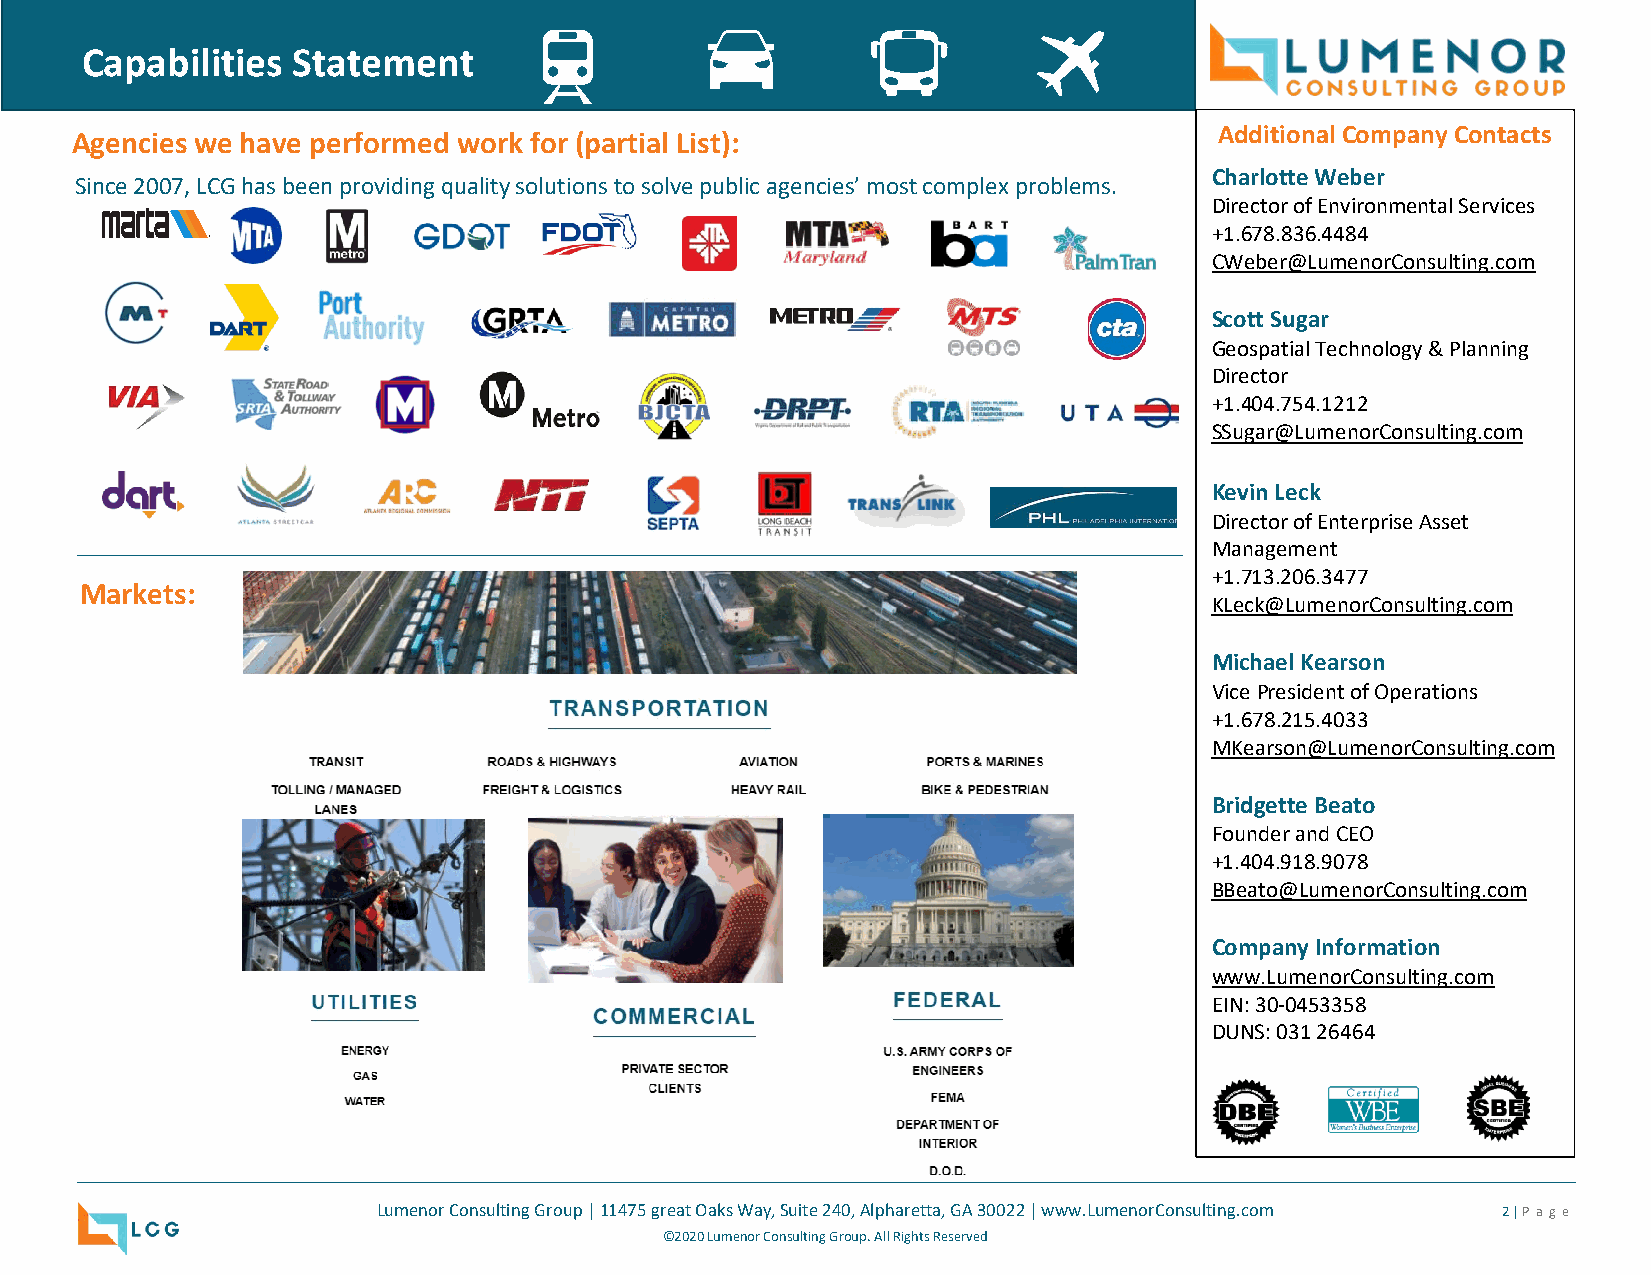
Capabilities  Statement
 Additional Company Contacts
 Agencies we have performed work for (partial List):
 Charlotte Weber
 Since 2007, LCG has been providing quality solutions to solve public agencies’ most complex problems.
 Director of Environmental Services
 +1.678.836.4484
 CWeber@LumenorConsulting.com
 Scott Sugar
 Geospatial Technology & Planning
 Director
 +1.404.754.1212
 SSugar@LumenorConsulting.com
 Kevin Leck
 Director of Enterprise Asset
 Management
 +1.713.206.3477
 Markets:
 KLeck@LumenorConsulting.com
 Michael Kearson
 Vice President of Operations
 +1.678.215.4033
 MKearson@LumenorConsulting.com
 Bridgette Beato
 Founder and CEO
 +1.404.918.9078
 BBeato@LumenorConsulting.com
 Company Information
 www.LumenorConsulting.com
 EIN: 30-0453358
 DUNS: 031 26464
 Lumenor Consulting Group | 11475 great Oaks Way, Suite 240, Alpharetta, GA 30022 | www.LumenorConsulting.com 2 | P a ge
 ©2020 Lumenor Consulting Group. All Rights Reserved